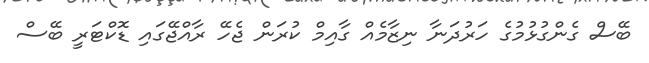
ބޭސް ގެންގުޅުމުގެ ހަރުދަނާ ނިޒާމެއް ގާއިމް ކުރަން ޖެހޭ ރާއްޖޭގައި ޑޮކްޓަރީ ބޭސް